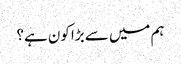
ہم میں سے بڑا کون ہے؟